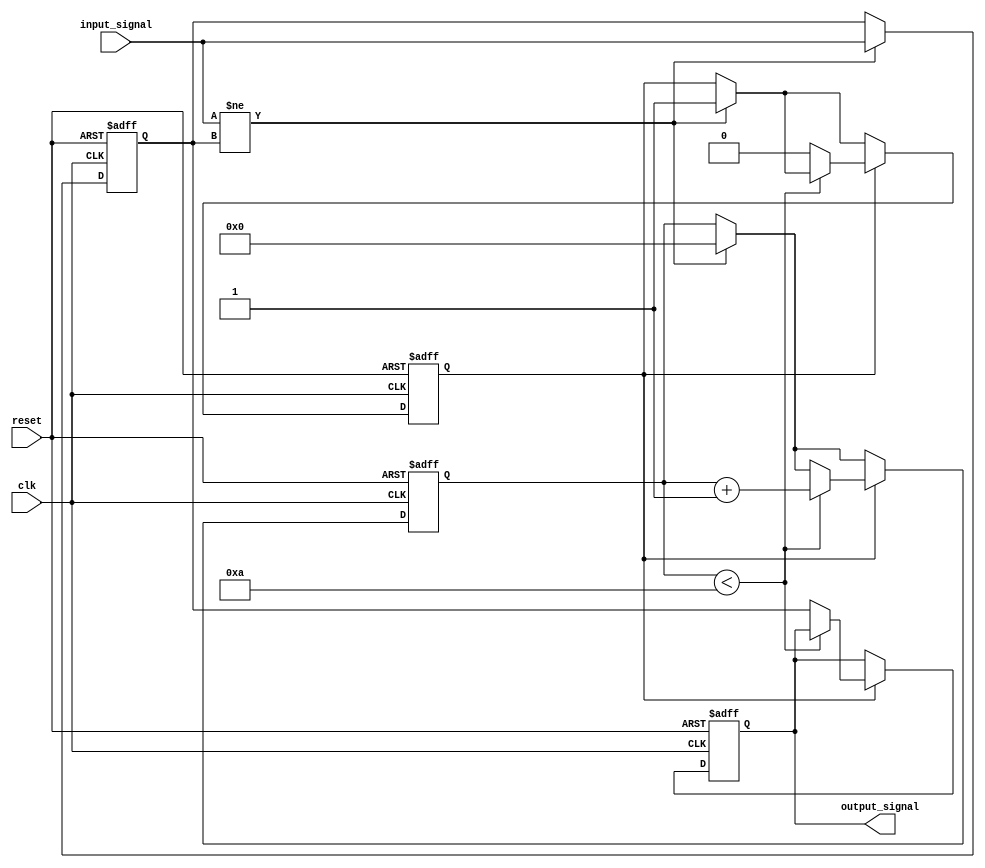
module Delay #(
    parameter DELAY_DURATION = 10 // Delay duration in time units (nanoseconds)
)(
    input wire clk,                // Clock signal
    input wire reset,              // Reset signal
    input wire input_signal,       // Input signal to be delayed
    output reg output_signal       // Delayed output signal
);

    // Internal signal to track the delayed state
    reg input_signal_reg;
    reg [31:0] delay_counter; // Counter for delay duration
    reg delay_active;         // Flag to indicate if delay is active

    // Always block to handle input signal changes and reset
    always @(posedge clk or posedge reset) begin
        if (reset) begin
            output_signal <= 1'b0; // Reset output to known state
            input_signal_reg <= 1'b0;
            delay_counter <= 0;
            delay_active <= 1'b0;
        end else begin
            // Capture the input signal on its rising edge
            if (input_signal != input_signal_reg) begin
                input_signal_reg <= input_signal; // Update the registered input signal
                delay_counter <= 0; // Reset the delay counter
                delay_active <= 1'b1; // Start the delay
            end
            
            // If delay is active, increment the counter
            if (delay_active) begin
                if (delay_counter < DELAY_DURATION) begin
                    delay_counter <= delay_counter + 1; // Increment counter
                end else begin
                    output_signal <= input_signal_reg; // Update output after delay
                    delay_active <= 1'b0; // Stop the delay
                end
            end
        end
    end

endmodule